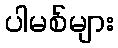
ပါမစ်များ